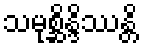
သမုစ္ဆိန္ဒိဿန္တိ